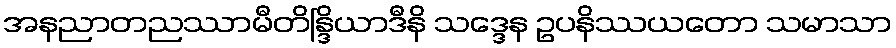
အနညာတညဿာမီတိန္ဒြိယာဒီနိ သဒ္ဒေန ဥပနိဿယတော သမာသာ